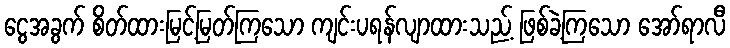
ငွေအခွက် စိတ်ထားမြင့်မြတ်ကြသော ကျင်းပရန်လျာထားသည့် ဖြစ်ခဲ့ကြသော အော်ရာလီ